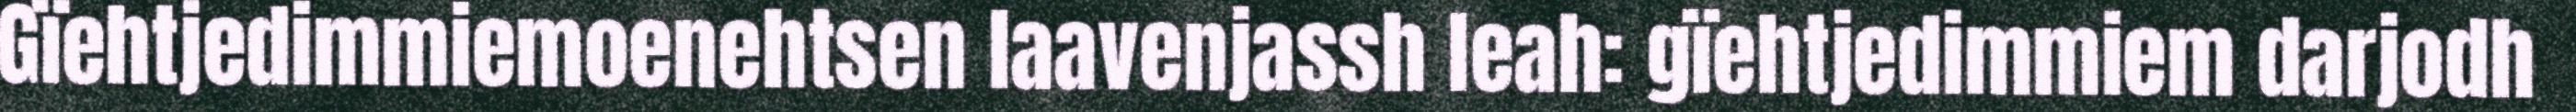
Gïehtjedimmiemoenehtsen laavenjassh leah: gïehtjedimmiem darjodh